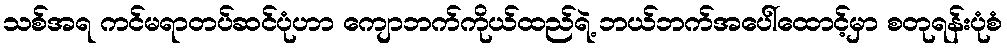
သစ်အရ ကင်မရာတပ်ဆင်ပုံဟာ ကျောဘက်ကိုယ်ထည်ရဲ့ ဘယ်ဘက်အပေါ်ထောင့်မှာ စတုရန်းပုံစံ